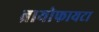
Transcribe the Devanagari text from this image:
ब्रायोफायटा